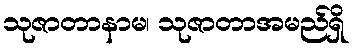
သုဇာတာနာမ၊ သုဇာတာအမည်ရှိ